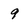
Character: 9